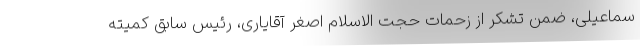
سماعیلی، ضمن تشکر از زحمات حجت الاسلام اصغر آقایاری، رئیس سابق کمیته